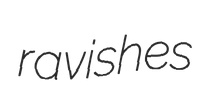
ravishes